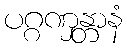
ပဂ္ဂဏှန္တာနံ